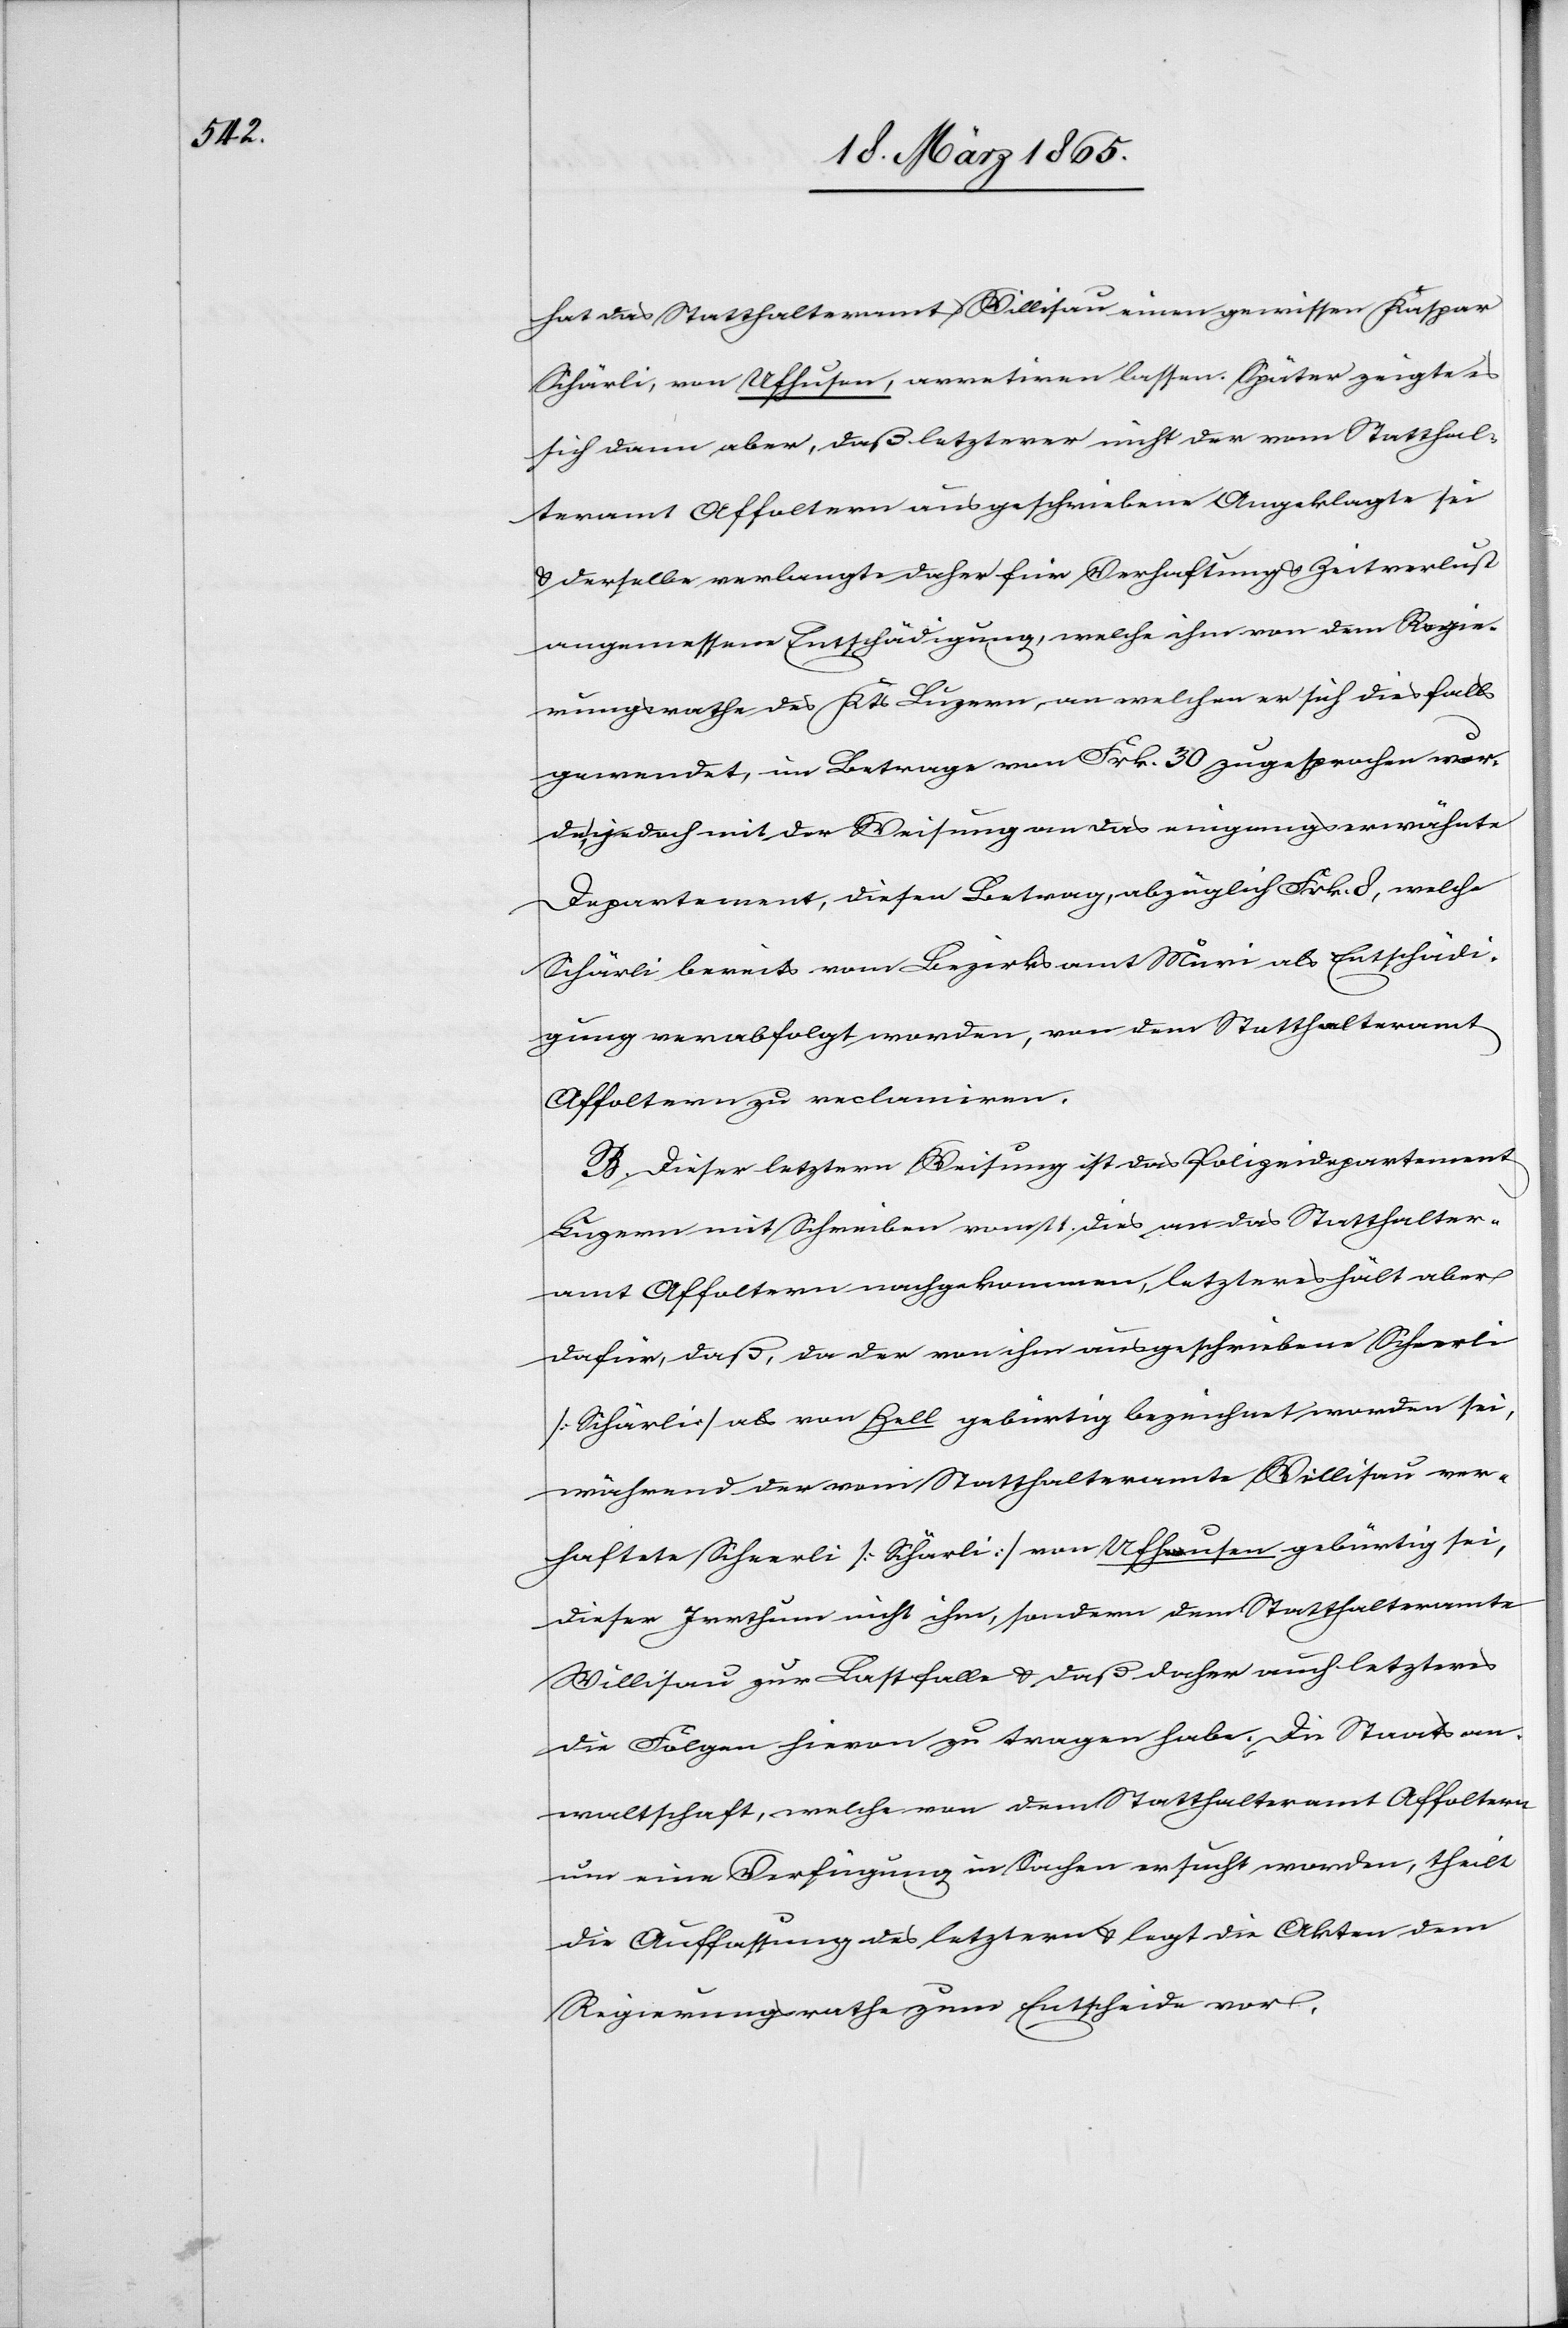
hat das Statthalteramt Willisau einen gewissen Kaspar
Schärli, von Ufhusen, arretiren lassen. Später zeigte es
sich dann aber, daß letzterer nicht der vom Statthal¬
teramt Affoltern ausgeschriebene Angeklagte sei
& derselbe verlangte daher für Verhaftung & Zeitverlust
angemessene Entschädigung, welche ihm von dem Regie¬
rungsrathe des Kts Luzern, an welchen er sich diesfalls
gewendet, im Betrage von Frk. 30 zugesprochen wur¬
de, jedoch mit der Weisung an das eingangserwähnte
Departement, diesen Betrag, abzüglich Frk. 8, welche
Schärli bereits vom Bezirksamt Muri als Entschädi¬
gung verabfolgt worden, von dem Statthalteramt
Affoltern zu reclamiren.
B. Dieser letztern Weisung ist das Polizeidepartement
Luzern mit Schreiben vom 11. dies an das Statthalter¬
amt Affoltern nachgekommen, letzteres hält aber
dafür, daß, da der von ihm ausgeschriebene Scheerli
[Schärli] als von Zell gebürtig bezeichnet worden sei,
während der vom Statthalteramte Willisau ver¬
haftete Scheerli [Schärli] von Ufhusen gebürtig sei,
dieser Irrthum nicht ihm, sondern dem Statthalteramte
Willisau zur Last falle & daß daher auch letzteres
die Folgen hievon zu tragen habe. Die Staatsan¬
waltschaft, welche von dem Statthalteramt Affoltern
um eine Verfügung in Sachen ersucht worden, theilt
die Auffassung des letztern & legt die Akten dem
Regierungsrathe zum Entscheide vor.